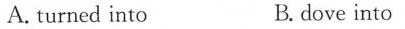
A. turned into B. dove into